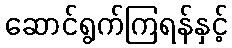
ဆောင်ရွက်ကြရန်နှင့်